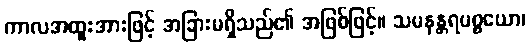
ကာလအထူးအားဖြင့် အခြားမရှိသည်၏ အဖြစ်ဖြင့်။ သမနန္တရပစ္စယော၊